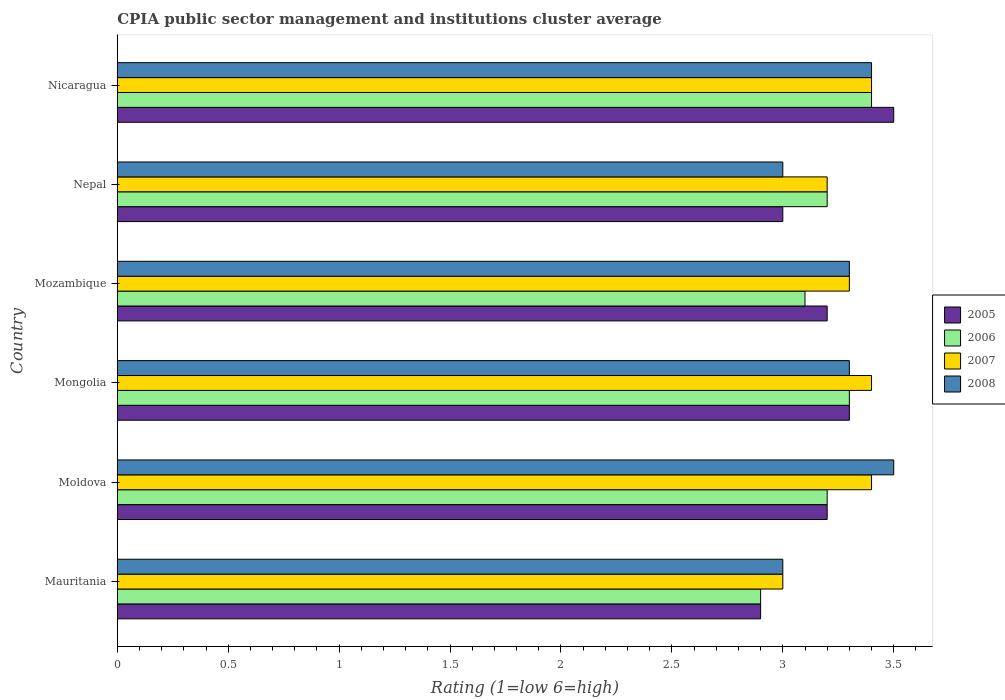
| Country | 2005 | 2006 | 2007 | 2008 |
 | --- | --- | --- | --- | --- |
 | Mauritania | 2.9 | 2.9 | 3 | 3 |
 | Moldova | 3.2 | 3.2 | 3.4 | 3.5 |
 | Mongolia | 3.3 | 3.3 | 3.4 | 3.3 |
 | Mozambique | 3.2 | 3.1 | 3.3 | 3.3 |
 | Nepal | 3 | 3.2 | 3.2 | 3 |
 | Nicaragua | 3.5 | 3.4 | 3.4 | 3.4 |